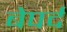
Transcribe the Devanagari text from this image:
बेपर्द